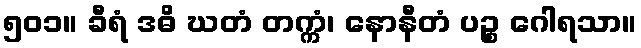
၅၀၁။ ခီရံ ဒဓိ ဃတံ တက္ကံ၊ နောနီတံ ပဉ္စ ဂေါရသာ။